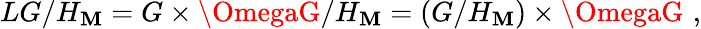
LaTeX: LG/H_{\mathbf{M}}=G\times\OmegaG/H_{\mathbf{M}}=(G/H_{\mathbf{M}})\times\OmegaG\, \, ,